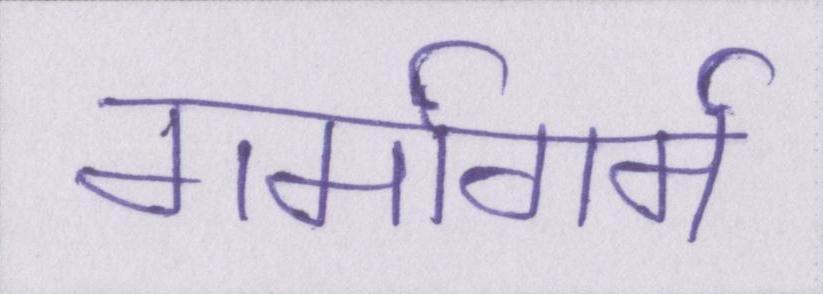
गर्मागर्म